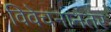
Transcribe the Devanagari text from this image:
विवेचनानंतर